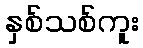
နှစ်သစ်ကူး